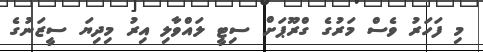
މި ފަހަރު ވެސް މަރުގެ ގްރޫޕަށް ސިޓީ ލައްވާލި އިރު މިދިޔަ ސީޒަނުގެ